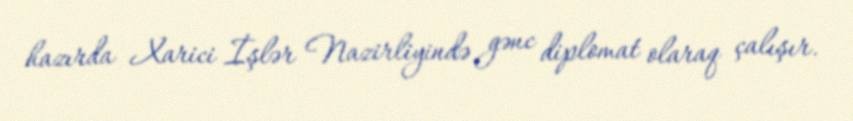
hazırda Xarici İşlər Nazirliyində gənc diplomat olaraq çalışır.